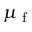
\mu _ { \textup { f } }